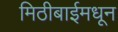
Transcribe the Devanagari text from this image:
मिठीबाईमधून